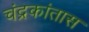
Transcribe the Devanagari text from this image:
चंद्रकांतास